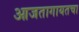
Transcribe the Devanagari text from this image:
आजतागायतचा